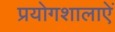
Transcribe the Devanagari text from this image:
प्रयोगशालाऐं